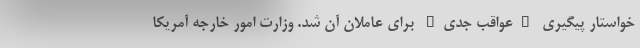
خواستار پیگیری "عواقب جدی" برای عاملان آن شد. وزارت امور خارجه آمریکا